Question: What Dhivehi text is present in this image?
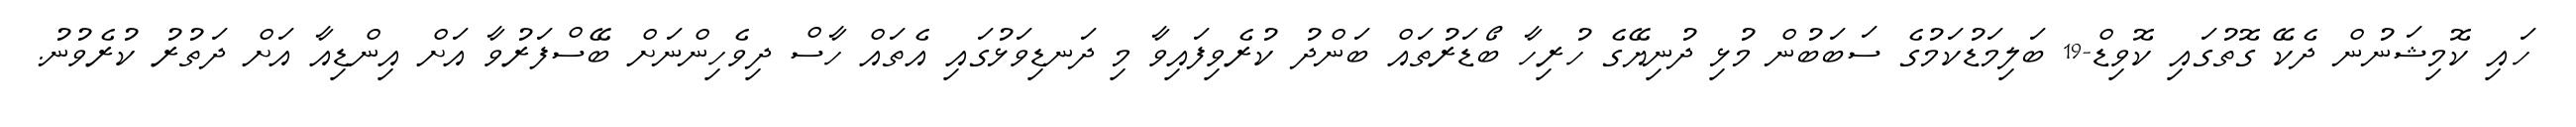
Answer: ހައި ކޮމިޝަނުން ދެކޭ ގޮތުގައި ކޮވިޑް-19 ބަލިމަޑުކަމުގެ ސަބަބުން މުޅި ދުނިޔޭގެ ހުރިހާ ބޯޑަރުތައް ބަންދު ކުރެވިފައިވާ މި ދަނޑިވަޅުގައި އެތައް ހާސް ދިވެހިންނަށް ބޭސްފަރުވާ އަށް އިންޑިއާ އަށް ދަތުރު ކުރެވުނު.